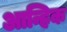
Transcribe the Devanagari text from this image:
आन्हिक